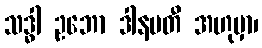
သဒ္ဓါ ဥဘော ဒါနပတီ အဟုမှာ၊